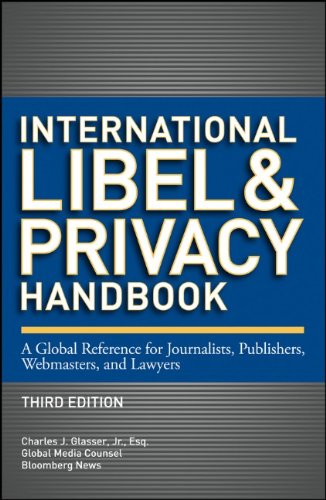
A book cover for International Libel and Privacy Handbook: A Global Reference for Journalists, Publishers, Webmasters, and Lawyers; Charles J. Glasser Jr.; Law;